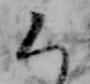
ち